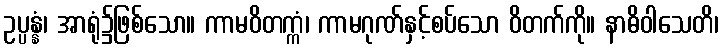
ဥပ္ပန္နံ၊ အာရုံ၌ဖြစ်သော။ ကာမဝိတက္ကံ၊ ကာမဂုဏ်နှင့်စပ်သော ဝိတက်ကို။ နာဓိဝါသေတိ၊